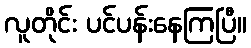
လူတိုင်း ပင်ပန်းနေကြပြီ။